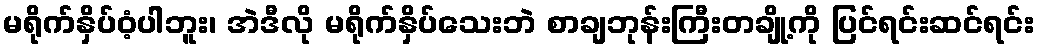
မရိုက်နှိပ်ဝံ့ပါဘူး၊ အဲဒီလို မရိုက်နှိပ်သေးဘဲ စာချဘုန်းကြီးတချို့ကို ပြင်ရင်းဆင်ရင်း